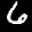
Label: 6